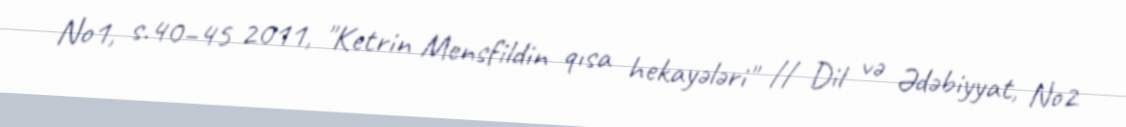
No1, s.40–45 2011, "Ketrin Mensfildin qısa hekayələri" // Dil və Ədəbiyyat, No2